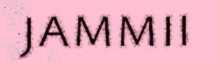
jammii